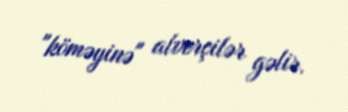
"köməyinə" alverçilər gəlir.